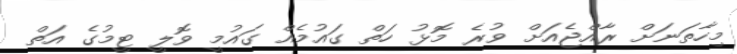
މިހާތަނަށް ރާއްޖެއަށް ވުރެ މޮޅު ހަތް ގައުމެއް ގައުމީ ވޮލީ ޓީމުގެ އަތް